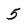
Character: 5